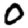
Digit: 0